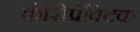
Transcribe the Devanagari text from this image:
कीरोप्रैक्टिक